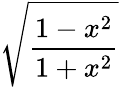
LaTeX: \sqrt{\frac{1-x^{2}}{1+x^{2}}}